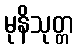
မုနိသုတ္တ